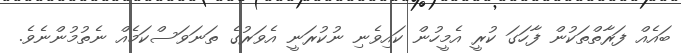
ބައެއް ފަރާތްތަކުން ފާހަގަ ކުރީ އެމީހުން ކައިވެނި ނުކުރަނީ އެވަރުގެ ތަނަވަސްކަމެއް ނެތުމުންނެވެ.